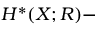
H ^ { \ast } ( X ; R ) -